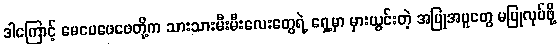
ဒါကြောင့် မေမေဖေဖေတို့က သားသားမီးမီးလေးတွေရဲ့ ရှေ့မှာ မှားယွင်းတဲ့ အပြုအမူတွေ မပြုလုပ်ဖို့